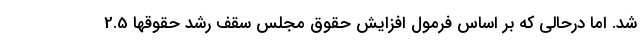
شد. اما درحالی که بر اساس فرمول افزایش حقوق مجلس سقف رشد حقوقها 2.5